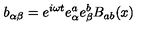
b _ { \alpha \beta } = e ^ { i \omega t } e _ { \alpha } ^ { a } e _ { \beta } ^ { b } B _ { a b } ( x )